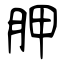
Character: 胛